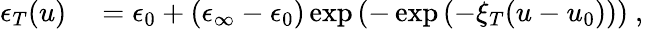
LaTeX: \begin{array}{rl}{\epsilon_{T}(u)}&{{}=\epsilon_{0}+(\epsilon_{\infty}-\epsilon_{0})\exp{\left(-\exp{\left(-\xi_{T}(u-u_{0})\right)}\right)}\mathrm{~,~}}\end{array}